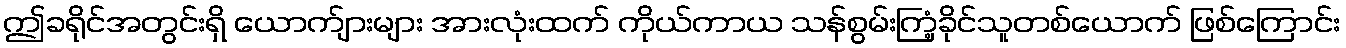
ဤခရိုင်အတွင်းရှိ ယောက်ျားများ အားလုံးထက် ကိုယ်ကာယ သန်စွမ်းကြံ့ခိုင်သူတစ်ယောက် ဖြစ်ကြောင်း